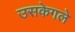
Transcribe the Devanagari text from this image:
उसकेगले